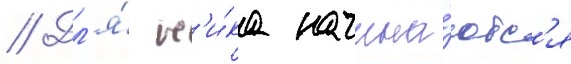
// Дл'я́ н'и́ка начина́ютс'я